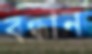
বন্ধান